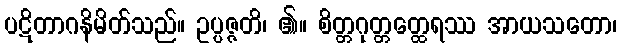
ပဋိတာဂနိမိတ်သည်။ ဥပ္ပဇ္ဇတိ၊ ၏။ စိတ္တဂုတ္တတ္ထေရဿ အာယသတော၊